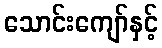
သောင်းကျော်နှင့်